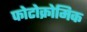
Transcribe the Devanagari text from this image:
फोटोक्रोमिक